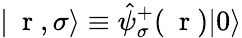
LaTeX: |\mathrm{~\mathbf~r~},\sigma\rangle\equiv\hat{\psi}_{\sigma}^{+}(\mathrm{~\mathbf~r~})|0\rangle